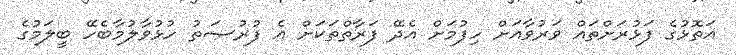
އަތޮޅުގެ ފަޅުރަށްތައް ވަރުވާއަށް ހިފުމަށް އެދޭ ފަރާތްތަކަށް އެ ފުރުޞަތު ހުޅުވާލުމާބެހޭ ބީލަމުގެ